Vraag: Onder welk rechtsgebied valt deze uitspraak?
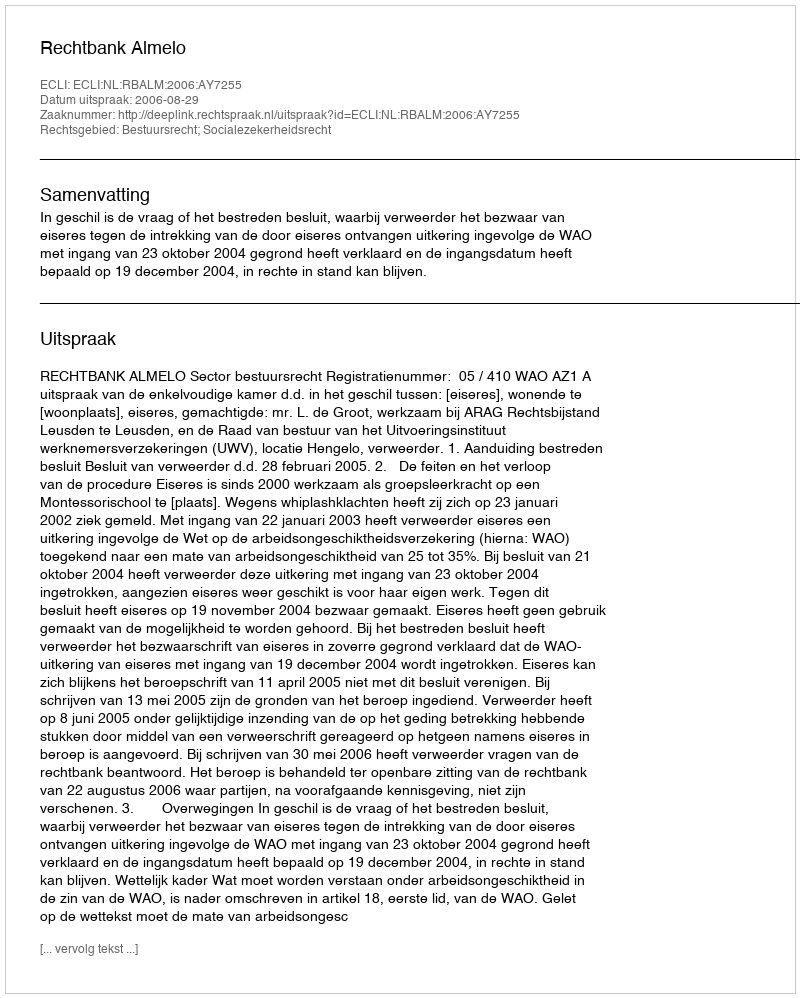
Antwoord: Bestuursrecht; Socialezekerheidsrecht